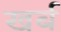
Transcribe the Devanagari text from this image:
खर्ब